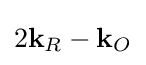
2\mathbf {k} _{R}-\mathbf {k} _{O}